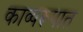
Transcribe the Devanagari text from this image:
काव्यरूपात